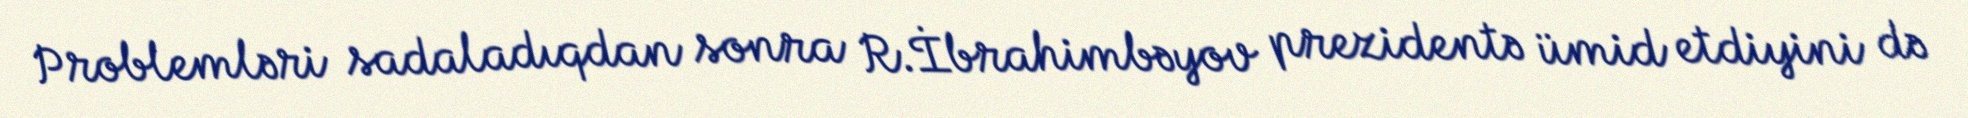
Problemləri sadaladıqdan sonra R.İbrahimbəyov prezidentə ümid etdiyini də